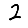
Digit: 2